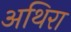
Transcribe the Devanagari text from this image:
अथिरा